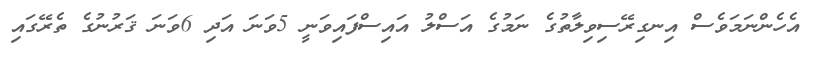
އެހެންނަމަވެސް އިނގިރޭސިވިލާތުގެ ނަމުގެ އަސްލު އައިސްފައިވަނީ 5ވަނަ އަދި 6ވަނަ ޤަރުނުގެ ތެރޭގައި